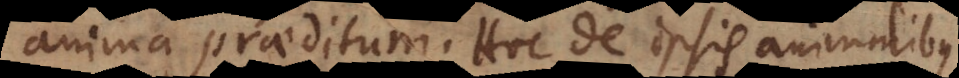
anima praeditum. Hoc de ipsis animalibus